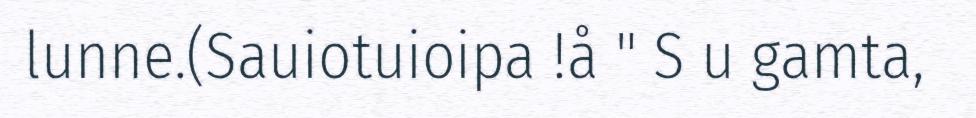
lunne.(Sauiotuioipa !å " S u gamta,